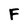
Character: F